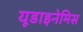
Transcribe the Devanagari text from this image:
यूडाइनेमिस